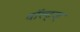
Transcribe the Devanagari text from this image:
वॉल्ट्ज्